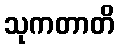
သုကတာတိ